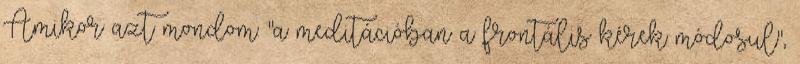
Amikor azt mondom: "a meditációban a frontális kérek módosul",